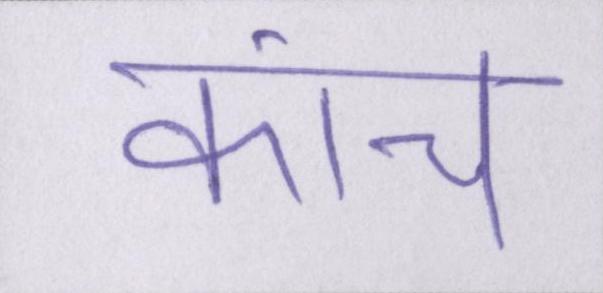
कांच